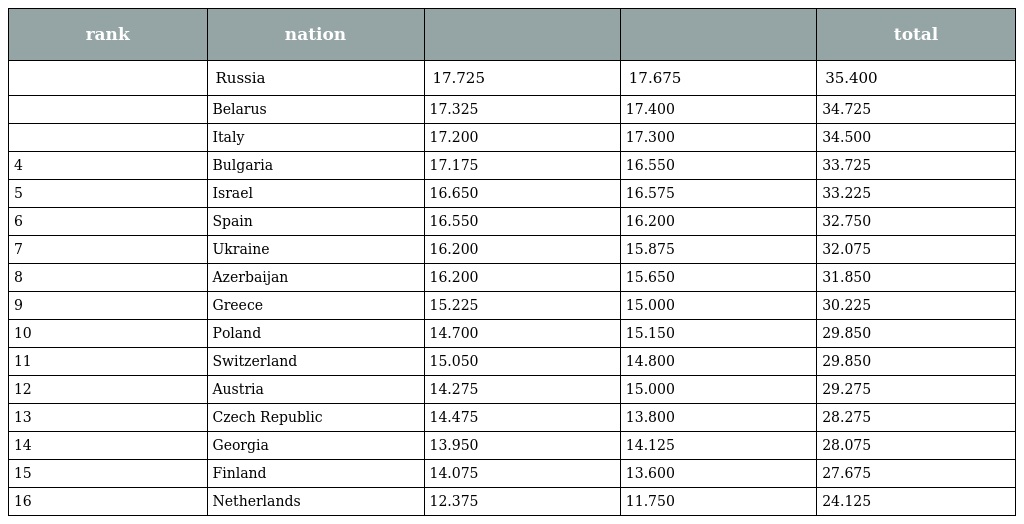
| rank | nation |  |  | total |
 | --- | --- | --- | --- | --- |
 |  | Russia | 17.725 | 17.675 | 35.400 |
 |  | Belarus | 17.325 | 17.400 | 34.725 |
 |  | Italy | 17.200 | 17.300 | 34.500 |
 | 4 | Bulgaria | 17.175 | 16.550 | 33.725 |
 | 5 | Israel | 16.650 | 16.575 | 33.225 |
 | 6 | Spain | 16.550 | 16.200 | 32.750 |
 | 7 | Ukraine | 16.200 | 15.875 | 32.075 |
 | 8 | Azerbaijan | 16.200 | 15.650 | 31.850 |
 | 9 | Greece | 15.225 | 15.000 | 30.225 |
 | 10 | Poland | 14.700 | 15.150 | 29.850 |
 | 11 | Switzerland | 15.050 | 14.800 | 29.850 |
 | 12 | Austria | 14.275 | 15.000 | 29.275 |
 | 13 | Czech Republic | 14.475 | 13.800 | 28.275 |
 | 14 | Georgia | 13.950 | 14.125 | 28.075 |
 | 15 | Finland | 14.075 | 13.600 | 27.675 |
 | 16 | Netherlands | 12.375 | 11.750 | 24.125 |